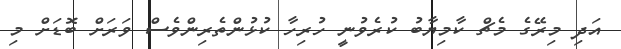
އަދި މިރޭގެ މެޗް ކާމިޔާބު ކުރެވުނީ ހުރިހާ ކުޅުންތެރިންވެސް ވަރަށް ބޮޑަށް މި